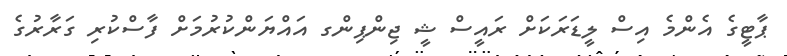
ޕާޓީގެ އެންމެ އިސް ލީޑަރަކަށް ރައީސް ޝީ ޖިންޕިންގ އައްޔަންކުރުމަށް ފާސްކުރި ގަރާރުގެ